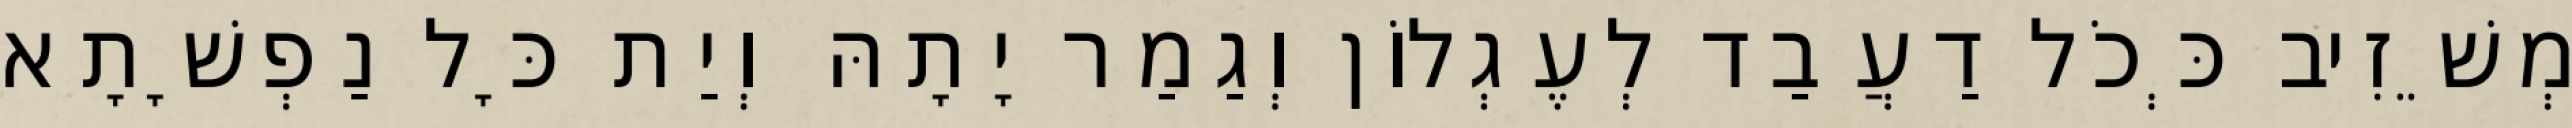
מְשֵׁזִיב כְּכֹל דַעֲבַד לְעֶגְלוֹן וְגַמַר יָתָהּ וְיַת כָּל נַפְשָׁתָא